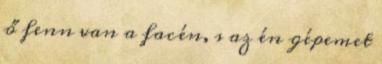
ő fenn van a facén, s az én gépemet